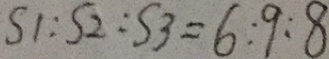
S 1 : S 2 : S 3 = 6 : 9 : 8